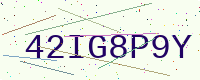
Text: 42IG8P9Y